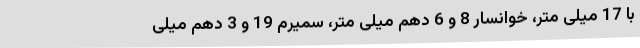
با 17 میلی متر، خوانسار 8 و 6 دهم میلی متر، سمیرم 19 و 3 دهم میلی